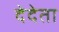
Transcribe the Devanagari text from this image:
देदेता